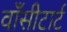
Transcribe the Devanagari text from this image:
वाँसीटार्ट